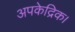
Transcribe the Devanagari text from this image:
अपकेद्रिक।